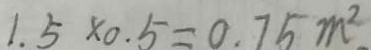
1 . 5 \times 0 . 5 = 0 . 7 5 m ^ { 2 }